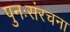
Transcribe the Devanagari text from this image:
पुनःसंरचना